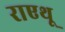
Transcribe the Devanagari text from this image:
राएथू